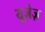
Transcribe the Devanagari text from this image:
यूज़ेज़